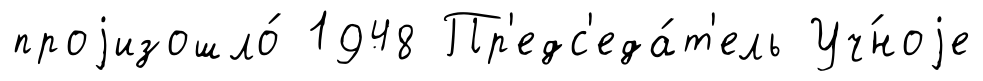
проjизошло́ 1948 Пр'едс'еда́т'ель Уч́ноjе